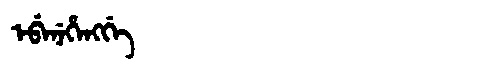
Manchu: ᡝᠪᡝᠨᡝᡥᡝᠩᡤᡝ
Romanization: EBENEHENGGE